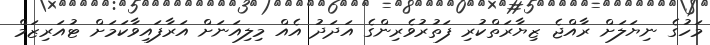
މަހުގެ ނިޔަލަށް ރާއްޖެ ޒިޔާރަތްކުރި ފަތުރުވެރިންގެ އަދަދު އެއް މިލިއަނަށް އަރާފައިވާކަމަށް ޓުއަރިޒަމް